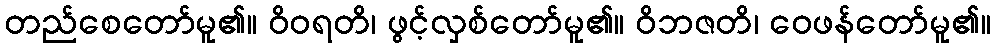
တည်စေတော်မူ၏။ ဝိဝရတိ၊ ဖွင့်လှစ်တော်မူ၏။ ဝိဘဇတိ၊ ဝေဖန်တော်မူ၏။